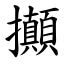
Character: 攧